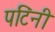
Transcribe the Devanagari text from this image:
पटिंनी